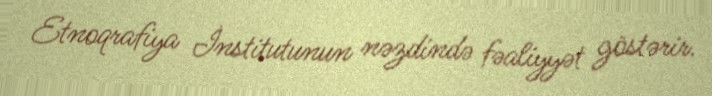
Etnoqrafiya İnstitutunun nəzdində fəaliyyət göstərir.